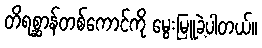
တိရစ္ဆာန်တစ်ကောင်ကို မွေးမြူခဲ့ပါတယ်။